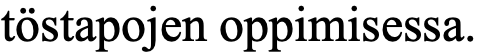
töstapojen oppimisessa.